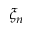
\xi _ { n }